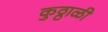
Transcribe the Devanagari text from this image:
कुठ्ठाळी